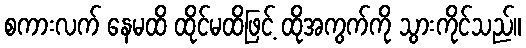
စကားလက် နေမထိ ထိုင်မထိဖြင့် ထိုအကွက်ကို သွားကိုင်သည်။